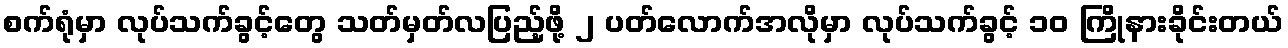
စက်ရုံမှာ လုပ်သက်ခွင့်တွေ သတ်မှတ်လပြည့်ဖို့ ၂ ပတ်လောက်အလိုမှာ လုပ်သက်ခွင့် ၁၀ ကြိုနားခိုင်းတယ်